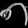
Digit: ၈